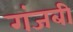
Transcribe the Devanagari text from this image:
गंजबी